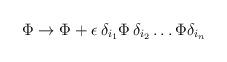
LaTeX: \begin{align*}\Phi \rightarrow \Phi + \epsilon \,\delta_{i_1} \Phi\, \delta_{i_2} \ldots \Phi \delta_{i_n}\end{align*}